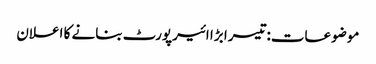
موضوعات:تیسرا بڑا ائیرپورٹ بنانے کا اعلان